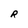
Character: R